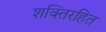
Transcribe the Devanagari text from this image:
शक्तिरहित